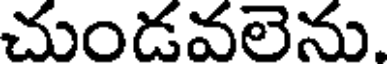
చుండవలెను.